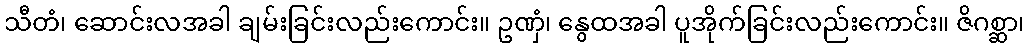
သီတံ၊ ဆောင်းလအခါ ချမ်းခြင်းလည်းကောင်း။ ဥဏှံ၊ နွေထအခါ ပူအိုက်ခြင်းလည်းကောင်း။ ဇိဂစ္ဆာ၊